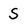
Character: S